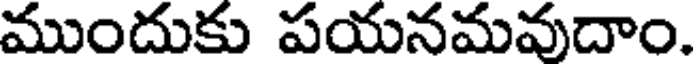
ముందుకు పయనమవుదాం.